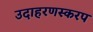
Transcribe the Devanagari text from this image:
उदाहरणस्करप